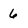
Character: 6